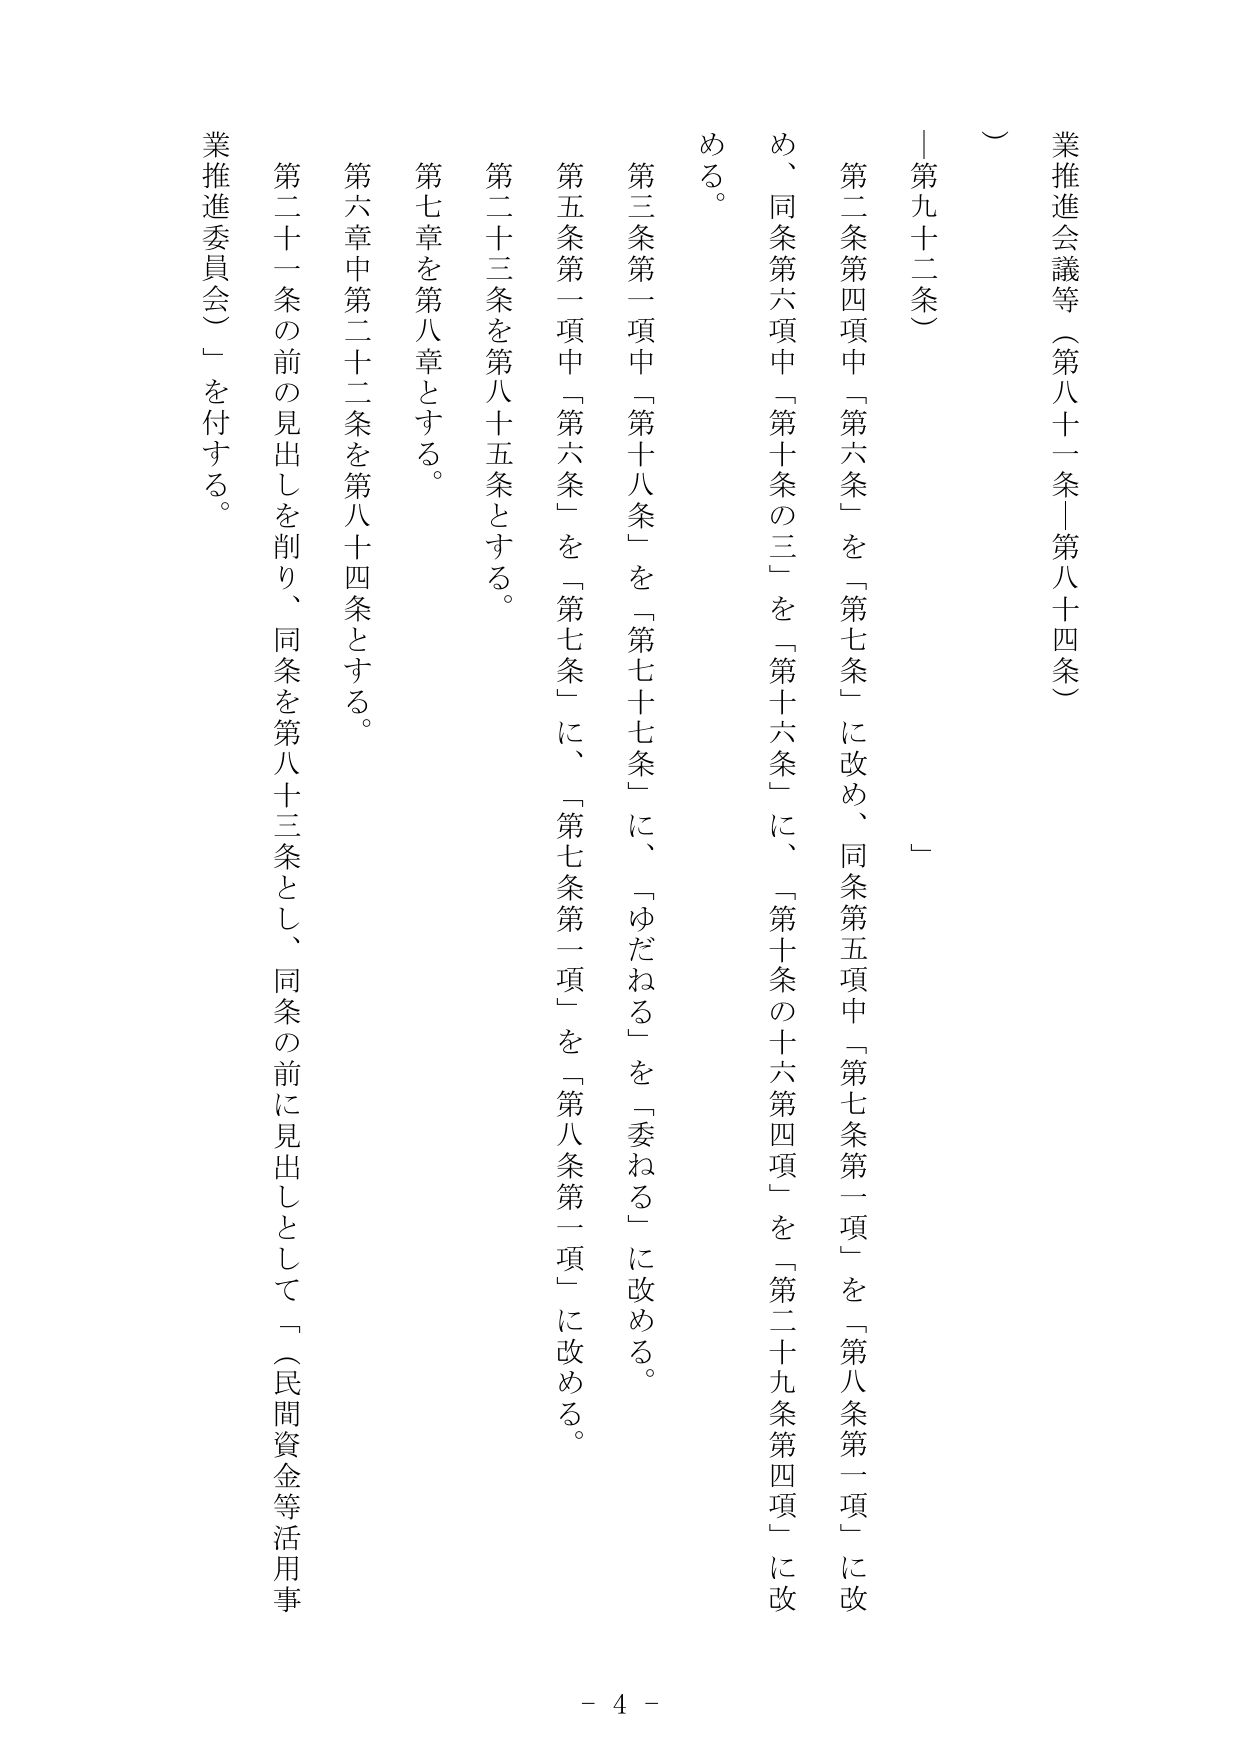
業推進会議等（第八十一条－第八十四条）
（第九十二条）

第二条第四項中「第六条」を「第七条」に改め、同条第五項中「第七条第一項」を「第八条第一項」に改め、同条第六項中「第十条の三」を「第十六条」に、「第十条の十六第四項」を「第二十九条第四項」に改める。

第三条第一項中「第十八条」を「第七十七条」に、「ゆだねる」を「委ねる」に改める。

第五条第一項中「第六条」を「第七条」に、「第七条第一項」を「第八条第一項」に改める。

第二十三条を第八十五条とする。

第七章を第八章とする。

第六章中第二十二条を第八十四条とする。

第二十一条の前の見出しを削り、同条を第八十三条とし、同条の前に見出しとして「（民間資金等活用事業推進委員会）」を付する。

－ 4 －